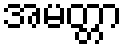
အမတ္တာ